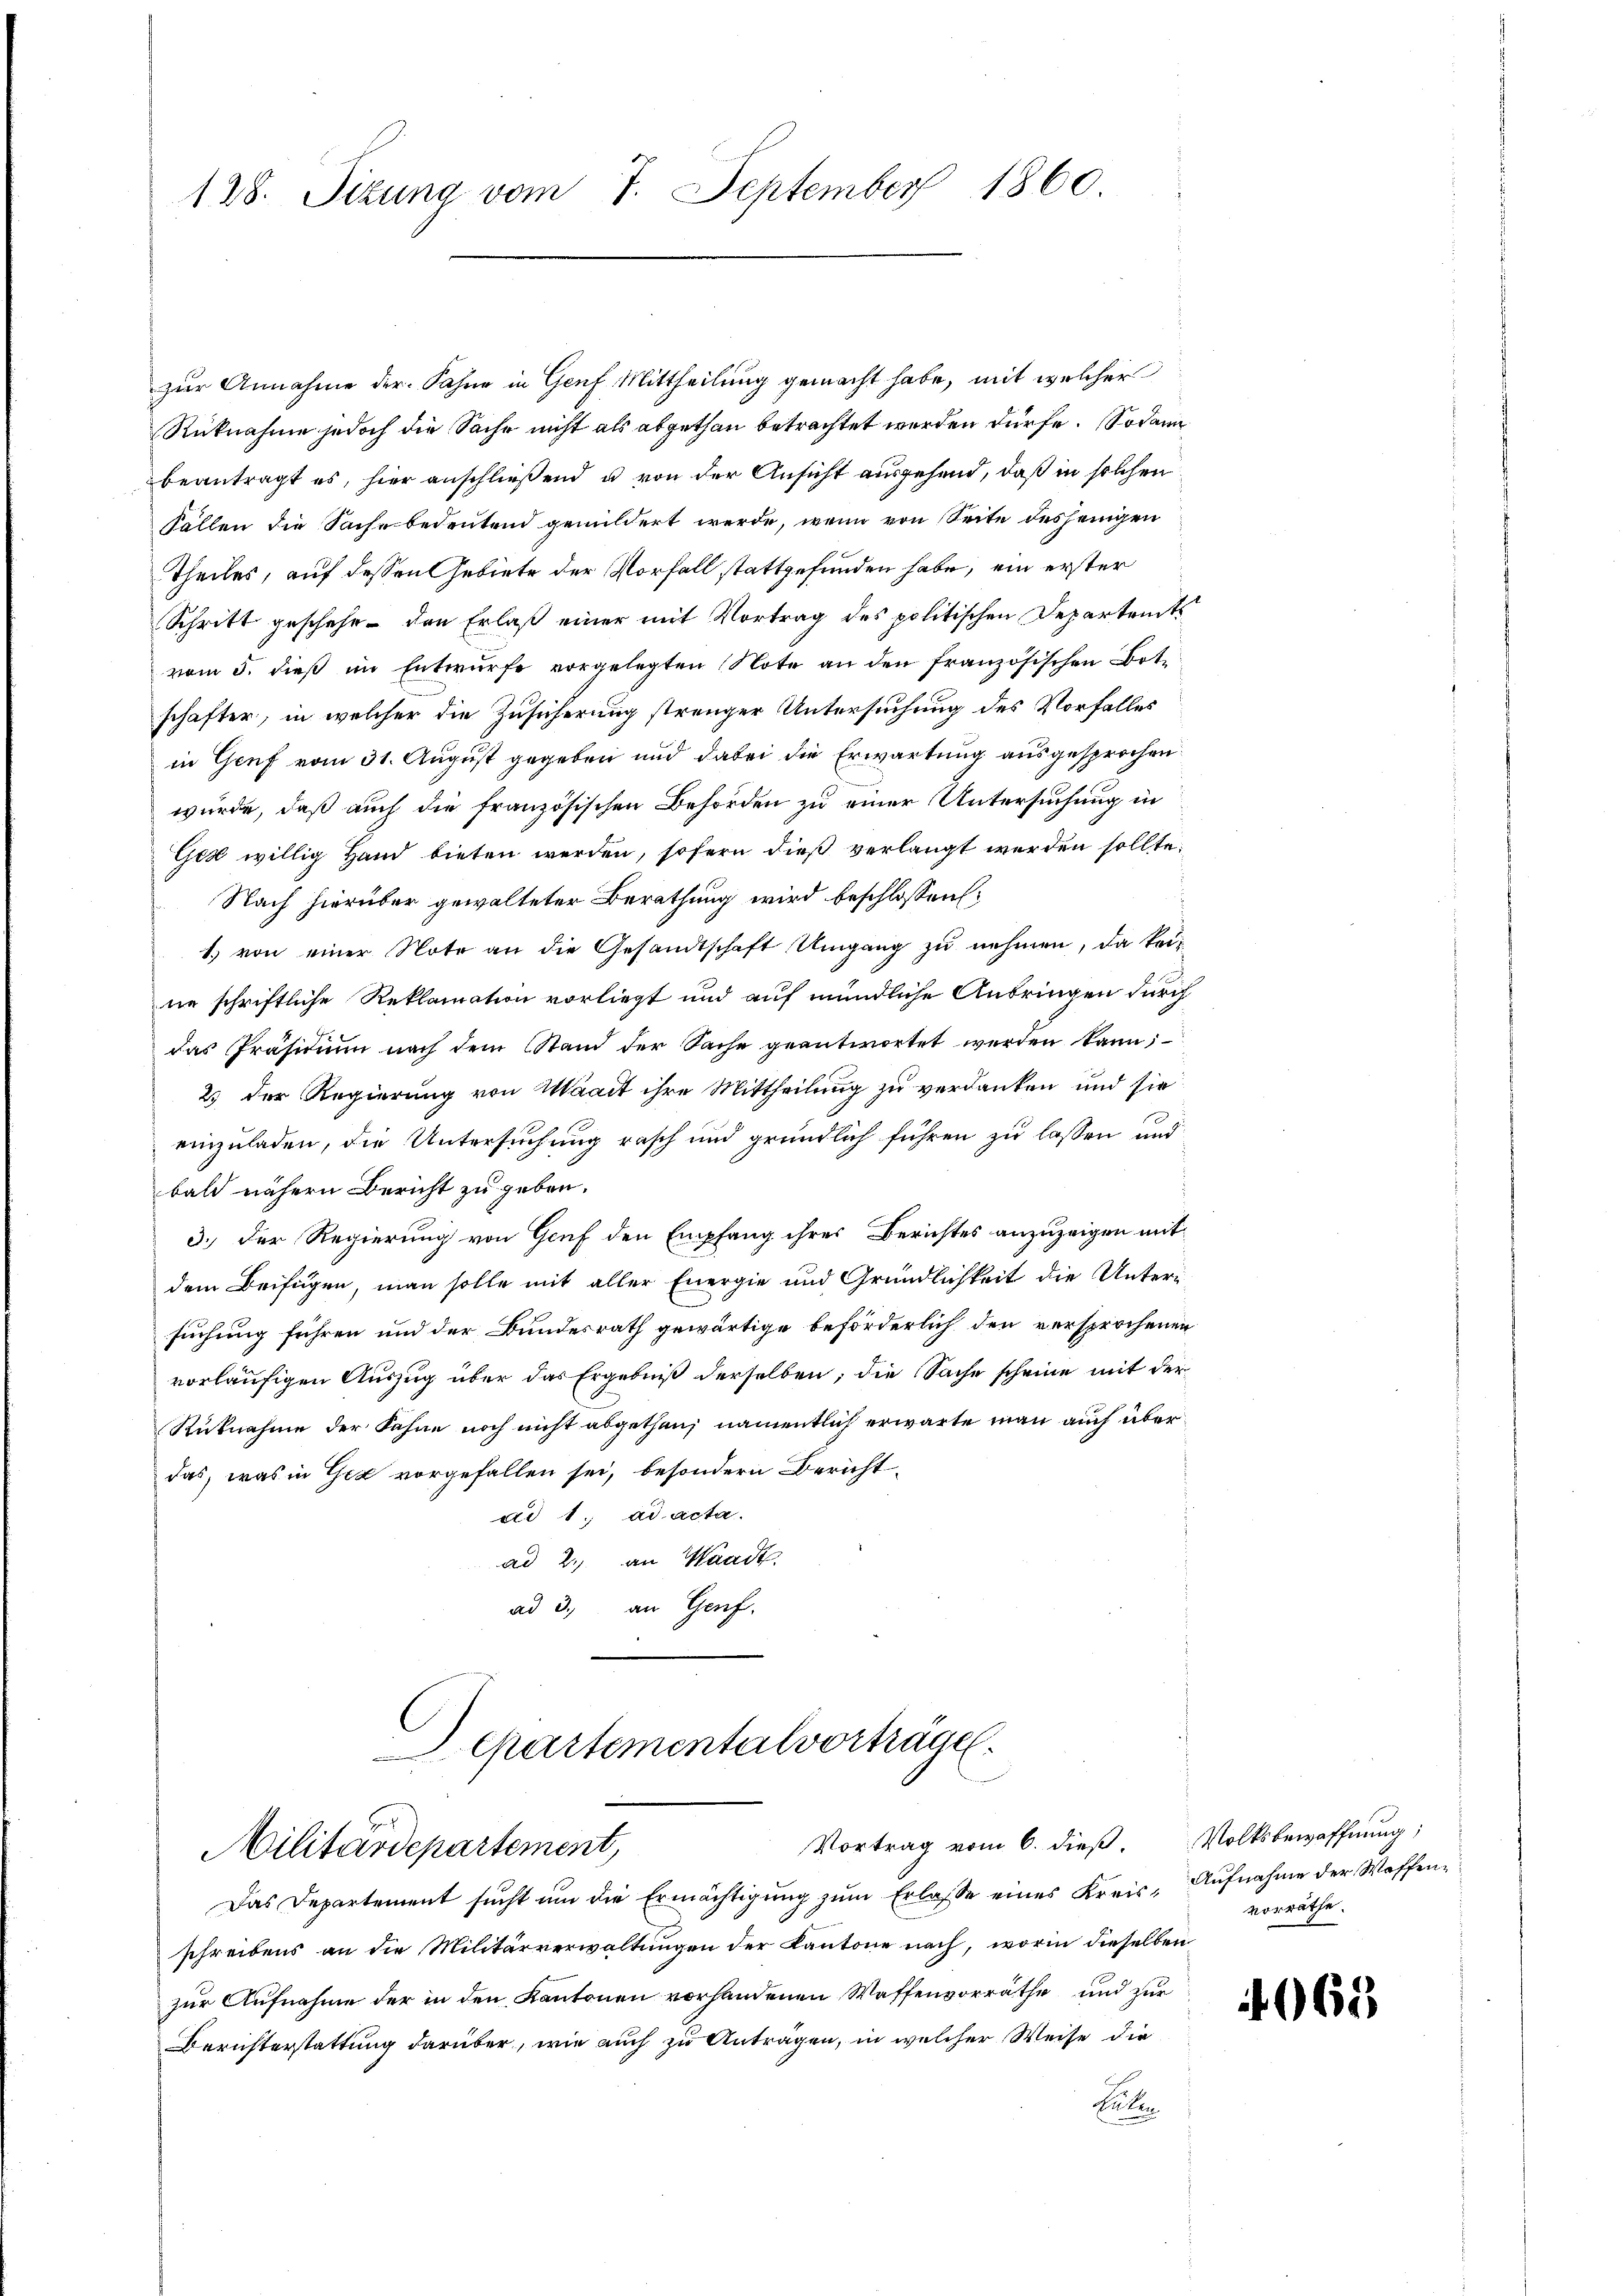
1860.
128. Sitzung vom 7. September

zur Annahme der Sahne in Genf Mittheilung gemacht habe, mit welcher
Rücknahme jedoch die Sache nicht als abgethan betrachtet werden dürfe. Sodann
beantragt es, hier anschließend u von der Ansicht ausgehend, daß in solchen
Fällen die Sache bedeutend gemildert werde, wenn von Seite desjenigen
Theiles, auf dessen Gebiete der Vorfall stattgefunden habe, ein erster
Schritt geschehe - den Erlaß einer mit Vortrag des politischen Departents
vom 5. dieß im Entwurfe vorgelegten Note an den französischen Bote
schafter, in welcher die Zusicherung strenger Untersuchung des Vorfalles
in Genf vom 31. August gegeben und dabei die Erwartung ausgesprochen
würde, daß auch die französischen Behörden zu einer Untersuchung in
Ges willig Hand bieten werden, sofern dieß verlangt werden sollte.
Nach hierüber gewalteter Berathung wird beschlossen:
1) von einer Note an die Gesandtschaft Umgang zu nehmen, da keisie schriftliche Reklamation vorliegt und auf mündliche Anbringen durch
das Präsidium nach dem Stand der Sache geantwortet werden kann;
25 der Regierung von Waadt ihre Mittheilung zu verdanken und sie
einzuladen, die Untersuchung rasch und gründlich führen zu lassen und
bald nähern Bericht zu geben.
3.) Der Regierung von Genf den Empfang ihres Berichtes anzuzeigen mitdem Beifügen, man solle mit aller Energie und Gründlichkeit die Untern
suchung führen und der Bundesrath gewärtige beförderlich den versprochenen
vorläufigen Auszug über das Ergebniß derselben, die Sache scheine mit der
Rüknahme der Fähne noch nicht abgethan, namentlich erwarte man auch überdas, was in Gez vorgefallen sei, besondern Berichtdd 1. ad acta.
ad 2., an Waadt.
ad 3. an Genf.
. Epartementalvorträge.
B
Vortrag vom 6. dieß. Volksbewaffnung;
Militärdepartement,
Das Departement sucht ŭm die Ermächtigŭng zŭm Erlasse eines Kreis- Aŭfnahme der Waffen-
schreibens an die Militärverwaltungen der Kantone nach, worin dieselben
zur Aufnahme der in den Kantonen vorhandenen Waffenvorräthe und zur
Berichterstattung darüber, wie auch zu Anträgen, in welcher Weise die
Reten

vorräthe.

069